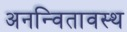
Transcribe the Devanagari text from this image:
अनन्वितावस्थ